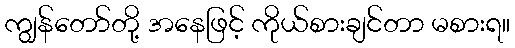
ကျွန်တော်တို့ အနေဖြင့် ကိုယ်စားချင်တာ မစားရ။